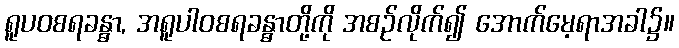
ရူပဝစရခန္ဓာ, အရူပါဝစရခန္ဓာတို့ကို အစဉ်လိုက်၍ အောက်မေ့ရာအခါ၌။